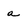
Character: a